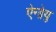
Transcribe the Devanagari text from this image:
ऐन्ड्रेयु